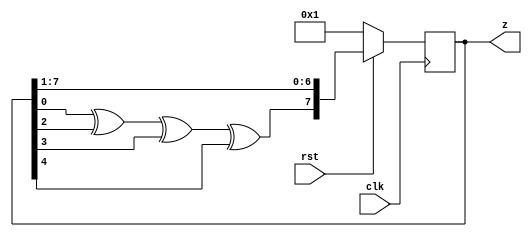
//////////////////////////////////////////////////
// Xilinx XAPP 052 : Table 3 for taps
//////////////////////////////////////////////////

`timescale 1ns/1ns 
module lfsr #(parameter n = 8)(/*AUTOARG*/
   // Outputs
   z,
   // Inputs
   clk, rst
   );
   input clk;
   input rst;
   output [1:n] z;
   
   /*AUTOREG*/ 
   /*AUTOWIRE*/

   reg [1:n]	z_reg, z_nxt;
   wire 	shift;
   
   always@(posedge clk)
     begin
	if(!rst)
	  z_reg <= 'd1;
	else
	  z_reg <= z_nxt;
     end

   always@(/*AUTOSENSE*/shift or z_reg)
     begin
	z_nxt = {shift, z_reg[1:n-1]};
     end
   
   assign shift = z_reg[8] ^ z_reg[6] ^ z_reg[5] ^ z_reg[4];

   assign z = z_reg;
   
	
endmodule 
// Local Variables: 
// verilog-library-directories:("~/Projects/fpgaProjects/iVerilog/design/*") 
// End: